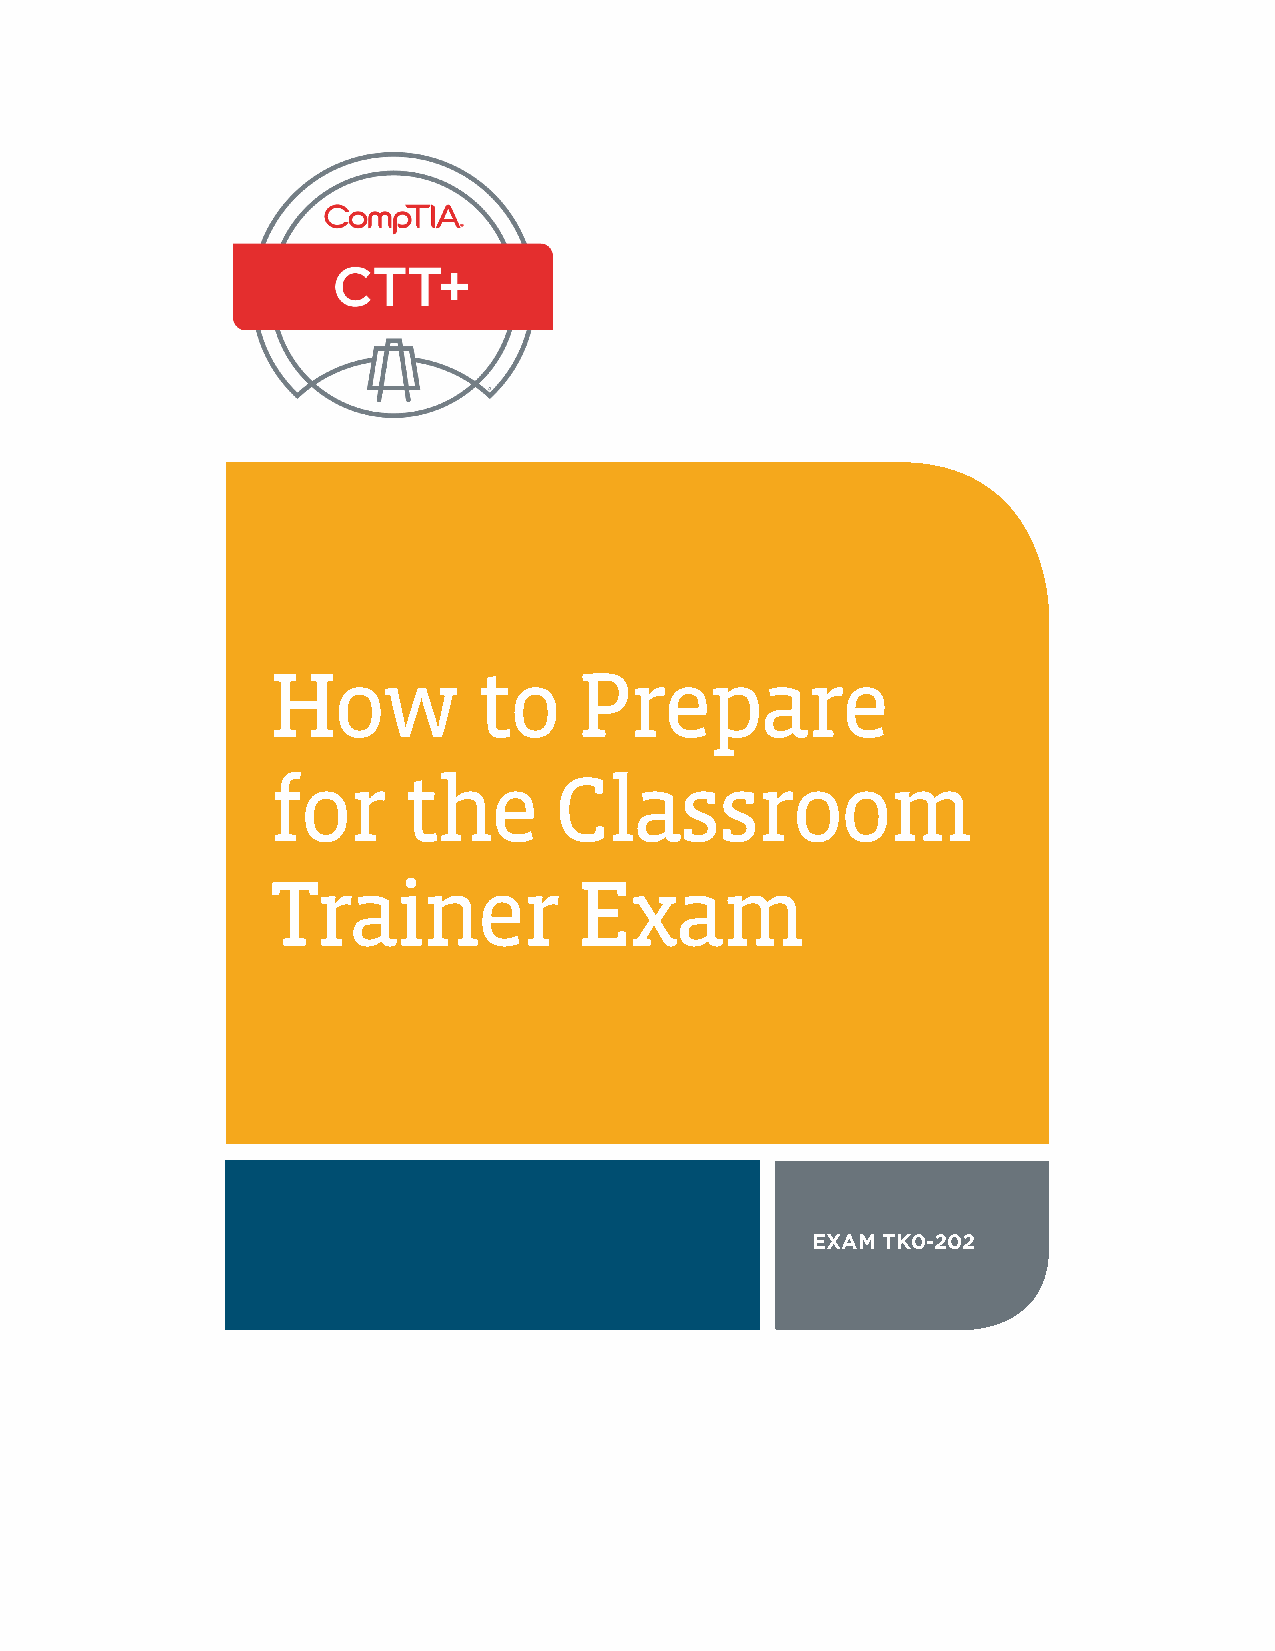
How           to    Prepare
 for      the       Classroom
 Trainer             Exam
 EXAM TK0-202